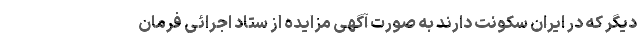
دیگر که در ایران سکونت دارند به صورت آگهی مزایده از ستاد اجرائی فرمان